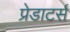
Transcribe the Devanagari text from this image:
प्रेडाटर्स